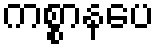
ကစ္စာနပေ